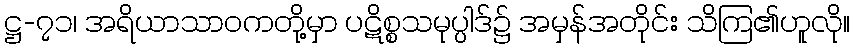
ဋ္ဌ-၇၁၊ အရိယာသာဝကတို့မှာ ပဋိစ္စသမုပ္ပါဒ်၌ အမှန်အတိုင်း သိကြ၏ဟူလို။